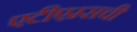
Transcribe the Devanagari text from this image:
एटीएम्सची